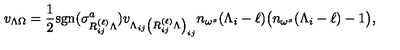
v _ { \Lambda \Omega } = \frac { 1 } { 2 } \mathrm { { s g n } } ( \sigma _ { R _ { i j } ^ { ( \ell ) } \Lambda } ^ { a } ) v _ { \Lambda _ { i j } \left( R _ { i j } ^ { ( \ell ) } \Lambda \right) _ { i j } } n _ { \omega ^ { s } } ( \Lambda _ { i } - \ell ) \bigl ( n _ { \omega ^ { s } } ( \Lambda _ { i } - \ell ) - 1 \bigr ) ,